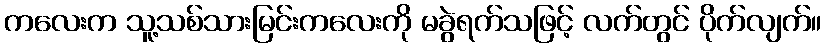
ကလေးက သူ့သစ်သားမြင်းကလေးကို မခွဲရက်သဖြင့် လက်တွင် ပိုက်လျက်။